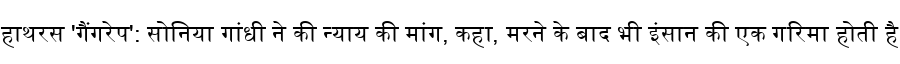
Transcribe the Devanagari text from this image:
हाथरस 'गैंगरेप': सोनिया गांधी ने की न्याय की मांग, कहा, मरने के बाद भी इंसान की एक गरिमा होती है